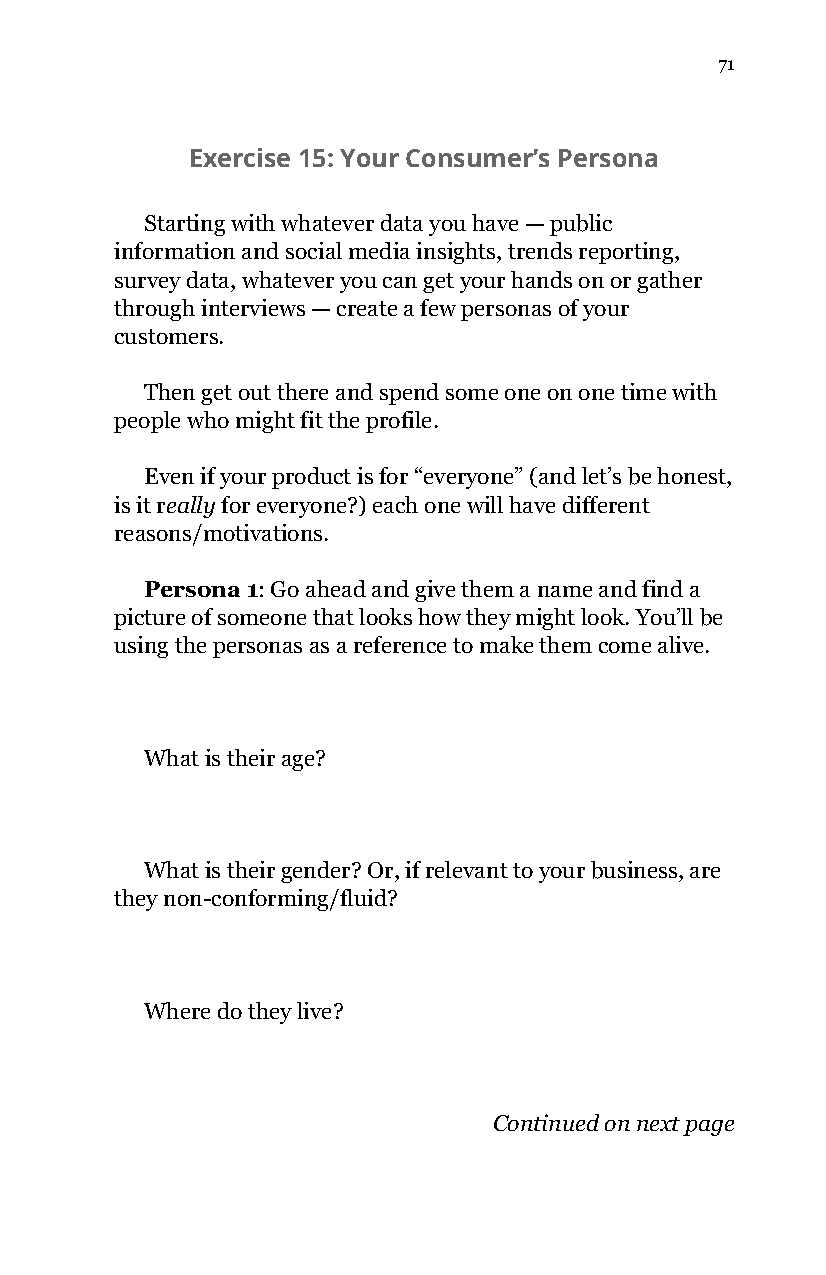
71
 Exercise 15: Your Consumer’s Persona
 Starting with whatever data you have — public
 information and social media insights, trends reporting,
 survey data, whatever you can get your hands on or gather
 through interviews — create a few personas of your
 customers.
 Then get out there and spend some one on one time with
 people who might fit the profile.
 Even if your product is for “everyone” (and let’s be honest,
 is it really for everyone?) each one will have different
 ​  ​
 reasons/motivations.
 Persona 1: Go ahead and give them a name and find a
 ​
 picture of someone that looks how they might look. You’ll be
 using the personas as a reference to make them come alive.
 What is their age?
 What is their gender? Or, if relevant to your business, are
 they non-conforming/fluid?
 Where do they live?
 Continued on next page